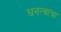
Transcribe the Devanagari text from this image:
घनत्वाचा